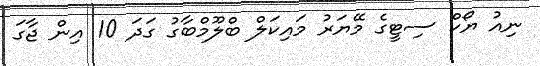
ނިއު ޔޯކް ސިޓީގެ މޭޔަރު މައިކަލް ބްލޫމްބާގު ގަދަ 10 އިން ޖާގަ